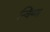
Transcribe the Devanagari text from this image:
न्विंग्मा